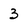
Character: 3